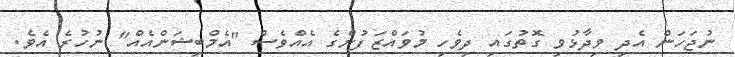
ނުޖަހަން އެދި ވިދާޅުވި ގޮތުގައި ދިވެހި މުވައްޒަފުންގެ އެއްވެސް "އެމްބިޝަންއެއް" ނުހުރެ އެވެ.